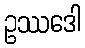
ဥဿဒေါ